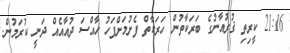
21:16 ކީރިތި ޤުރުއާނުގެ ބަރަކާތުން ހަރަކާތް ފެށުމަށްފަހު ހާއްސަ ދުއާއެއް ދަނީ ކުރަމުން.